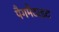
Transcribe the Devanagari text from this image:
पैगमैटाइट